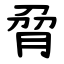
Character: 脋